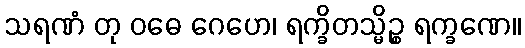
သရဏံ တု ဝဓေ ဂေဟေ၊ ရက္ခိတသ္မိဉ္စ ရက္ခဏေ။